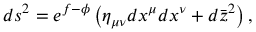
d s ^ { 2 } = e ^ { f - \phi } \left( \eta _ { \mu \nu } d x ^ { \mu } d x ^ { \nu } + d \bar { z } ^ { 2 } \right) ,